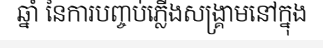
ឆ្នាំ នៃការបញ្ចប់ភ្លើងសង្គ្រាមនៅក្នុង